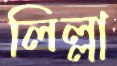
লিল্লা